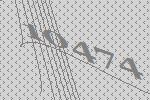
10474